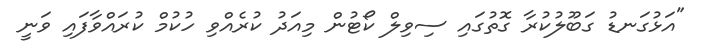
"އަޅުގަނޑު ގަބޫލުކުރާ ގޮތުގައި ސިވިލް ކޯޓުން މިއަދު ކުރެއްވި ހުކުމް ކުރައްވާފައި ވަނީ